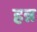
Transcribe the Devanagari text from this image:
हन्न